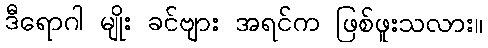
ဒီရောဂါ မျိုး ခင်ဗျား အရင်က ဖြစ်ဖူးသလား။